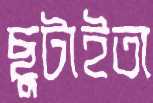
ছুটাইতা